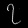
Digit: ၇